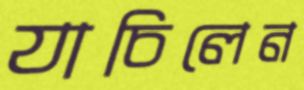
যাচিলেন